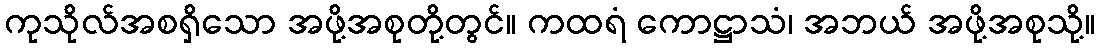
ကုသိုလ်အစရှိသော အဖို့အစုတို့တွင်။ ကထရံ ကောဋ္ဌာသံ၊ အဘယ် အဖို့အစုသို့။